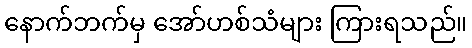
နောက်ဘက်မှ အော်ဟစ်သံများ ကြားရသည်။